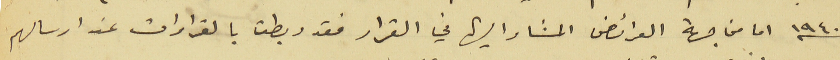
١٩٤٠ اما من جهة العرائض المشار اليها في القرار فقد ربطت بالقرارات عند ارسالهم